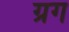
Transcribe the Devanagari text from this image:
ग्रग